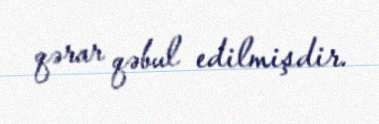
qərar qəbul edilmişdir.